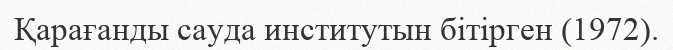
Қарағанды сауда институтын бітірген (1972).